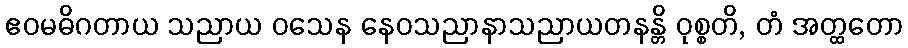
ဧဝမဓိဂတာယ သညာယ ဝသေန နေဝသညာနာသညာယတနန္တိ ဝုစ္စတိ, တံ အတ္ထတော